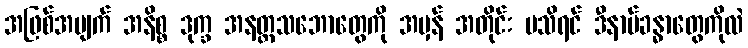
အဖြစ်အပျက် အနိစ္စ ဒုက္ခ အနတ္တသဘောတွေကို အမှန် အတိုင်း မသိရင် ဒီနာမ်ခန္ဓာတွေကိုလဲ